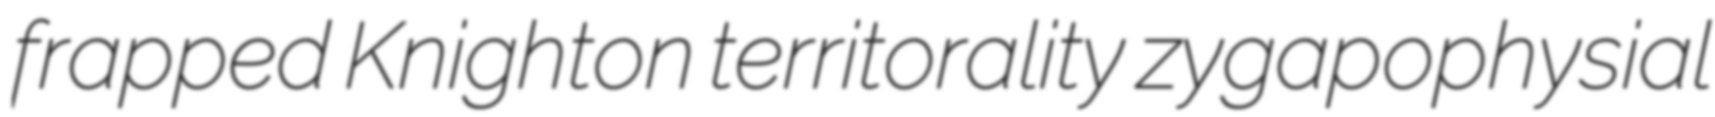
frapped Knighton territorality zygapophysial